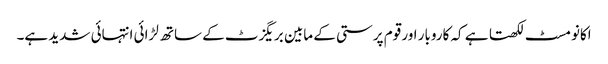
اکانومسٹ لکھتا ہے کہ کاروبار اور قوم پرستی کے مابین بریگزٹ کے ساتھ لڑائی انتہائی شدید ہے۔